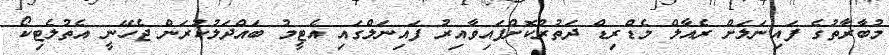
މުބާރާތުގެ ފައިނަލަށް ރެއާލް މެޑްރިޑް ދަތުރުކޮށްފައިވާއިރު ފައިނަލްގައި އެޓީމު ބައްދަލުކުރަން ޖެހޭނީ އެތުލެޓިކޯ